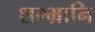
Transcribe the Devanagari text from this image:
शम्भ्रानि